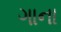
ગાના